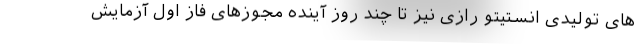
های تولیدی انستیتو رازی نیز تا چند روز آینده مجوزهای فاز اول آزمایش